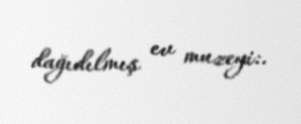
dağıdılmış ev muzeyi:.